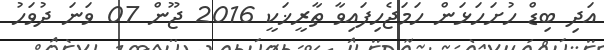
އަދި ބިޑް ހުށަހަޅަން ހަމަޖެހިފައިވާ ތާރީޚަކީ 2016 ޖޫން 07 ވަނަ ދުވަހު